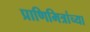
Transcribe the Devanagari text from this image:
प्राणिमित्रांच्या